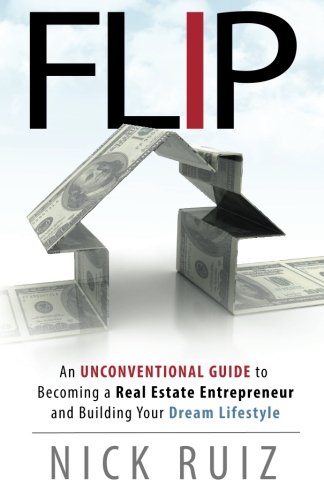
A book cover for Flip: An Unconventional Guide to Becoming a Real Estate Entrepreneur and Building Your Dream Lifestyle; Nick Ruiz; Business & Money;